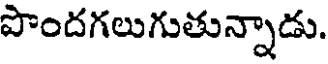
పొందగలుగుతున్నాడు.